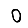
Digit: 0